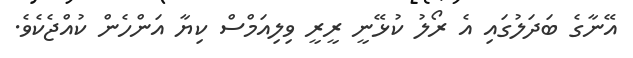
އޭނާގެ ބަދަލުގައި އެ ރޯލު ކުޅޭނީ ރީރީ ވިލިއަމްސް ކިޔާ އަންހެން ކުއްޖެކެވެ.